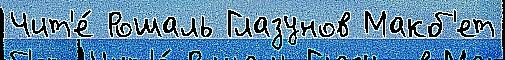
Чит'е́ Рошаль Глазунов Макб'ет